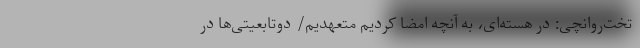
تخت‌روانچی: در هسته‌ای، به آنچه امضا کردیم متعهدیم/ دوتابعیتی‌ها در